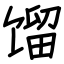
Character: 馏